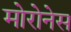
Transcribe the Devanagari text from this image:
मोरोनेस